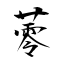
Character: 蕶